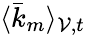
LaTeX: \langle\bar{k}_{m}\rangle_{\mathcal{V},t}